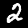
Digit: 2